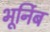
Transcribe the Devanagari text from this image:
भूर्निब